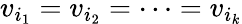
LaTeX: v_{i_{1}}=v_{i_{2}}=\dots=v_{i_{k}}